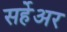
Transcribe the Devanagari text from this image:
सर्हेअर